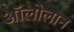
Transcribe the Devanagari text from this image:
अॉलोलान